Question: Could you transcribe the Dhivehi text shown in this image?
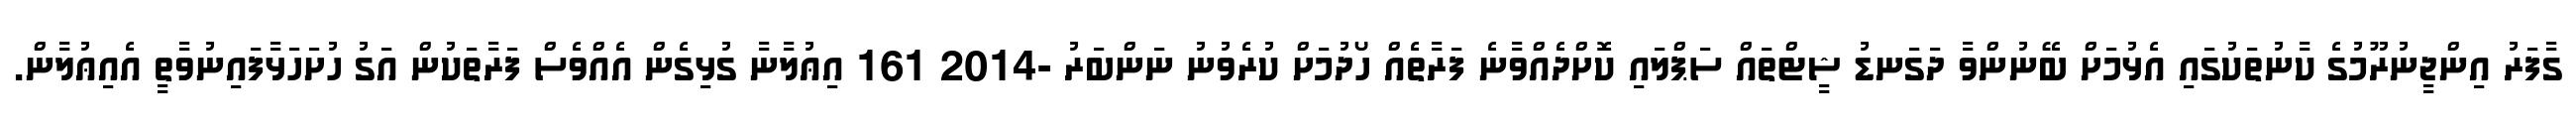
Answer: ގާފަރު އިންޖީނުރޫމުގެ ކާނުތަކުގައި އެޅުމަށް ބޭނުންވާ ދަގަނޑު ޝީޓްތައް ސަޕްލައި ކޮށްދެއްވާނެ ފަރާތެއް ހޯދުމަށް ކުރެވުނު ނަންބަރު -2014 161 އިޢުލާނާ ގުޅިގެން އެއްވެސް ފަރާތަކުން އަގު ހުށަހަޅާފައިނުވާތީ އެއިޢުލާން.